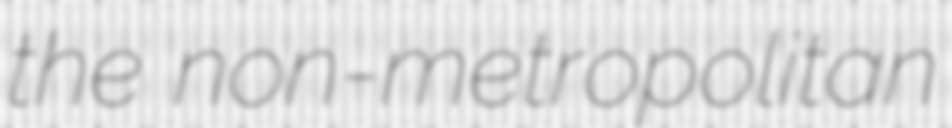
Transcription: the non-metropolitan